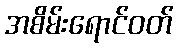
အစိမ်းရောင်ဝတ်